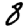
Digit: 3